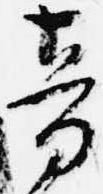
音